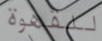
للقهوة